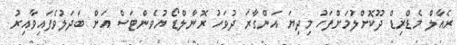
ރެއާލް މެޑްރިޑް ދޫކޮށްލުމަށްފަހު މިދިޔަ އަންގާރަ ދުވަހު ރޮނާލްޑޯ ޔުވެންޓަސް އަށް ބަދަލުވެފައިވާއިރު